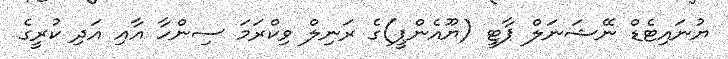
ޔުނައިޓެޑް ނޭޝަނަލް ޕާޓީ (ޔޫއެންޕީ)ގެ ރަނިލް ވިކްރަމަ ސިންހާ އާއި އަދި ކުރީގެ